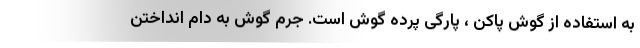
به استفاده از گوش پاکن ، پارگی پرده گوش است. جرم گوش به دام انداختن